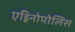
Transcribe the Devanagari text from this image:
एड्रिनोपोलिस